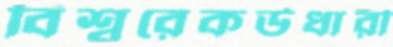
বিশ্বরেকর্ডধারী